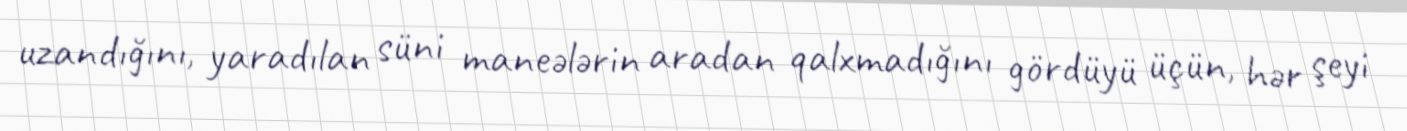
uzandığını, yaradılan süni maneələrin aradan qalxmadığını gördüyü üçün, hər şeyi